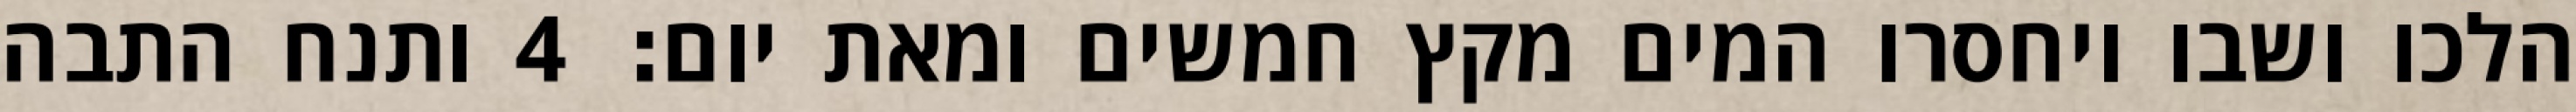
הלכו ושבו ויחסרו המים מקץ חמשים ומאת יום׃ ‎4‏ ותנח התבה